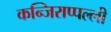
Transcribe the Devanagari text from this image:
कन्जिराप्पल्ली